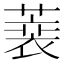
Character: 𦻫